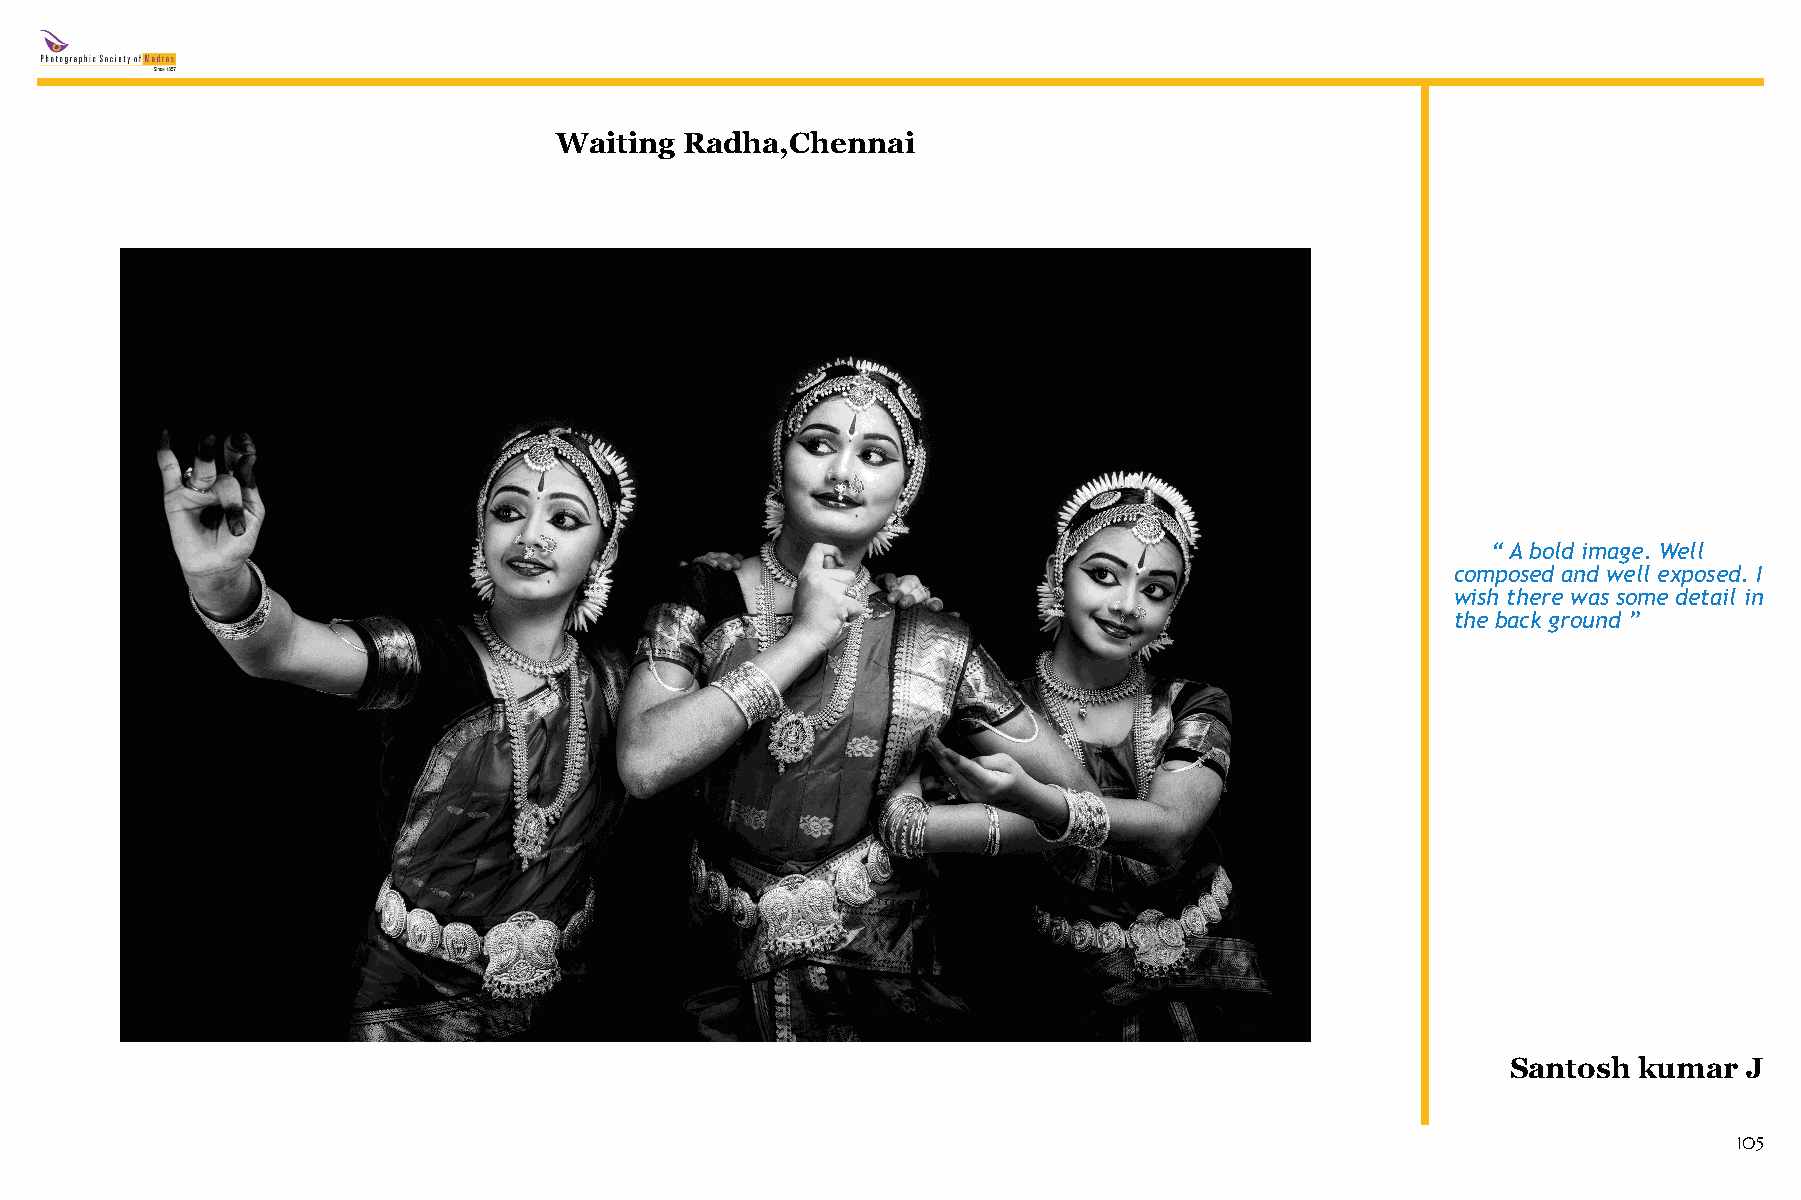
Waiting Radha,Chennai
 “Abold image. Well
 composed and well exposed. I
 wish there was some detail in
 the back ground ”
 Santosh kumar   J
 105